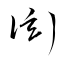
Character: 衒